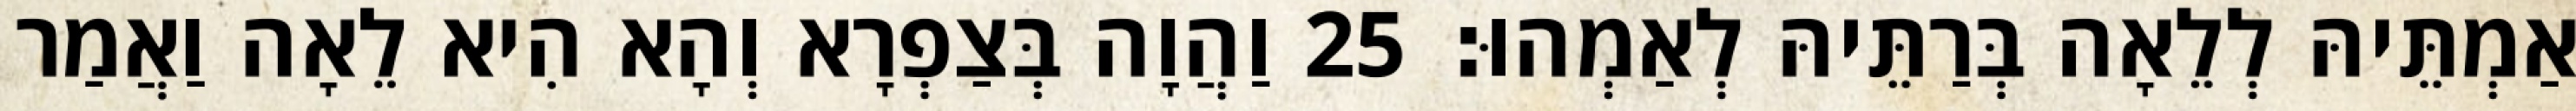
אַמְתֵּיהּ לְלֵאָה בְּרַתֵּיהּ לְאַמְהוּ׃ 25 וַהֲוָה בְּצַפְרָא וְהָא הִיא לֵאָה וַאֲמַר